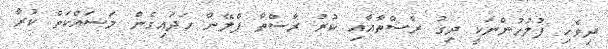
ދިވެހި ފުލުހުންނަކީ ދިގު ރާސްތާއާއި ކުރު ރާސްތާ ޕްލޭން ހަދައިގެން މަސައްކަތް ކުރާ